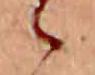
ゝ